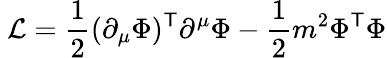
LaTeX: \ {\mathcal{L}}={\frac{1}{2}}(\partial_{\mu}\Phi)^{\mathsf{T}}\partial^{\mu}\Phi-{\frac{1}{2}}m^{2}\Phi^{\mathsf{T}}\Phi